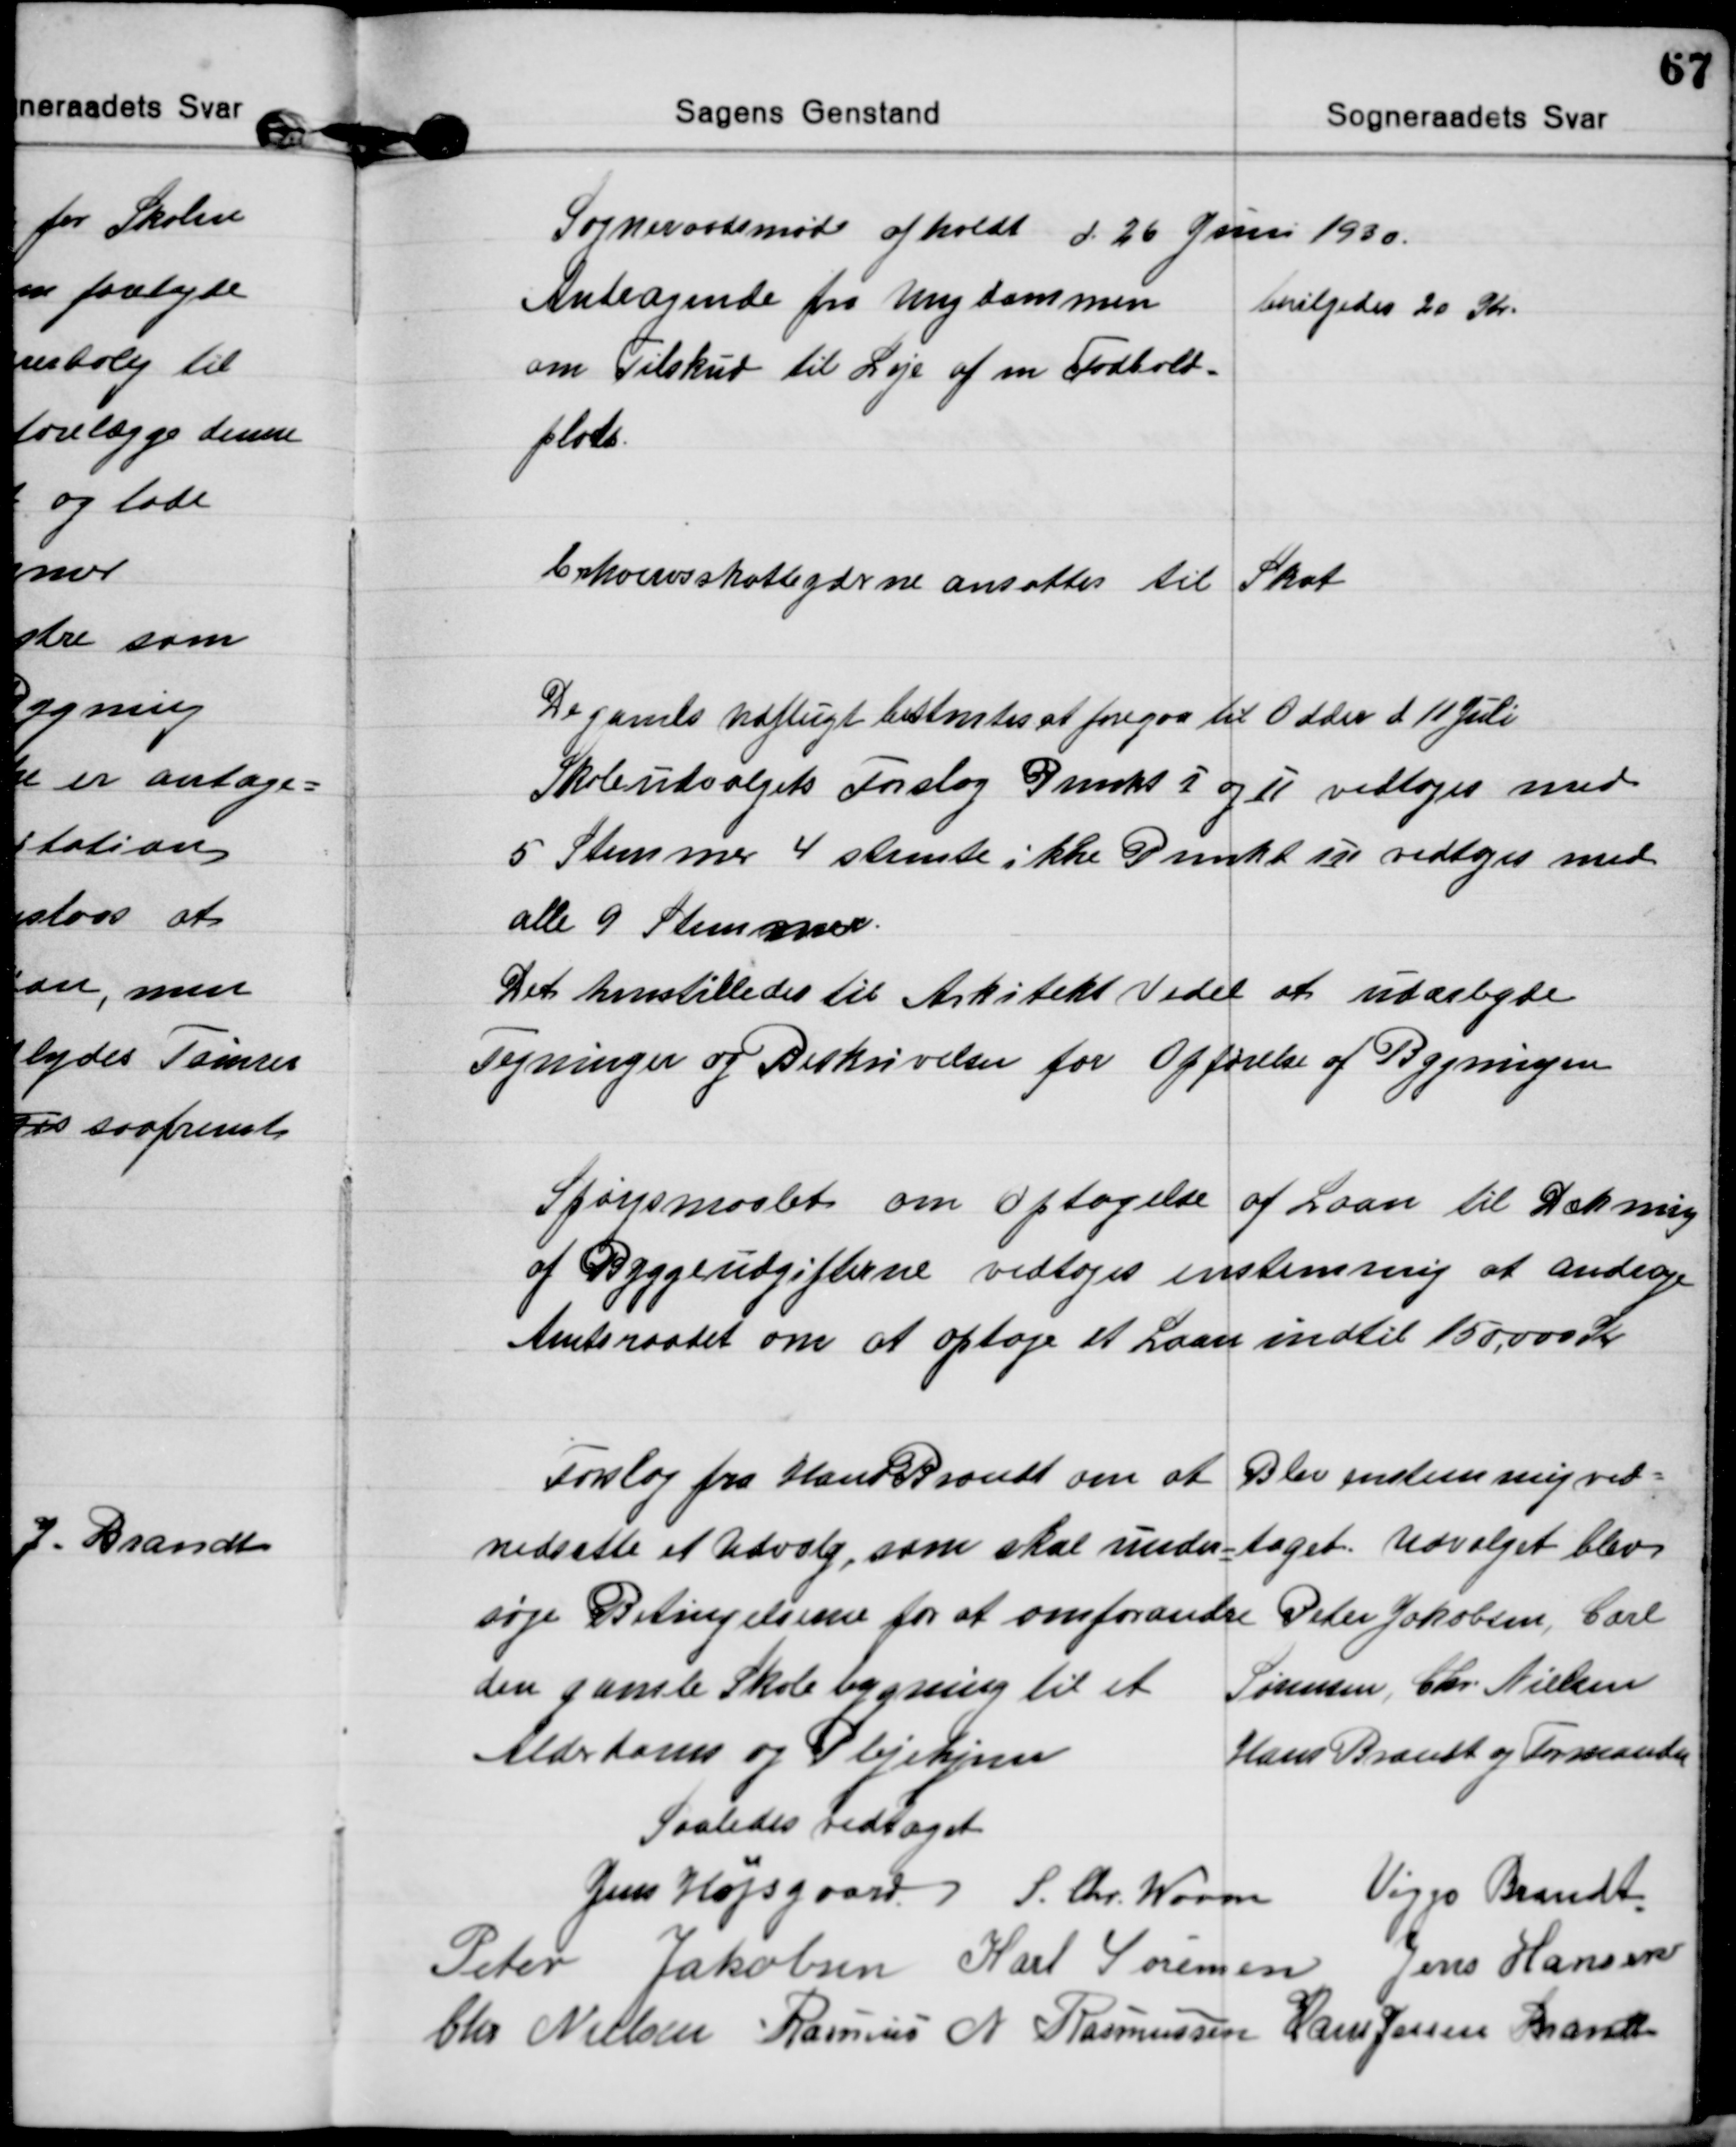
Transskription:
Sogneraadsmøde afholdt d 26 Juni 1930

Andragende fra Ungdommen
om Tilskud til Leje af en Fodbold=
plads.
bevilgedes 20 Kr.

Erhvervsskatteyderne ansattes til Skat

De gamles Udflugt bestemtes at foregaa til Odder d 11 Juli
Skoleudvalgets Forslag Punkt I og II vedtoges med
5 Stemmer 4 stemte ikke Punkt III vedtoges med
alle 9 Stemmer.
Det henstilledes til Arkitekt Vedel at udarbejde
Tegninger og Beskrivelser for Opførelse af Bygningen

Spørgsmaalet om Optagelse af Laan til Dækning
af Byggeudgifterne vedtoges enstemmig at andrage
Amtsraadet om at optage et Laan indtil 150,000 Kr

Forslag fra Hans Brandt om at
nedsætte et Udvalg, som skal under=
søge Betingelserne for at omforandre
den gamle Skolebygning til et
Alderdoms og Plejehjem
Blev enstemmig ved=
taget. Udvalget blev
Peter Jakobsen, Carl
Sørensen, Chr. Nielsen
Hans Brandt og Formanden

Saaledes vedtaget
Jens Højsgaard S. Chr. Worm Viggo Brandt
Peter Jakobsen Karl Sørensen Jens Hansen
Chr. Nielsen Rasmus N. Rasmussen Hans Jessen Brandt